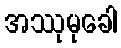
အဿုမုခေါ